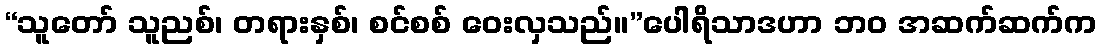
“သူတော် သူညစ်၊ တရားနှစ်၊ စင်စစ် ဝေးလှသည်။”ပေါရိသာဒဟာ ဘဝ အဆက်ဆက်က